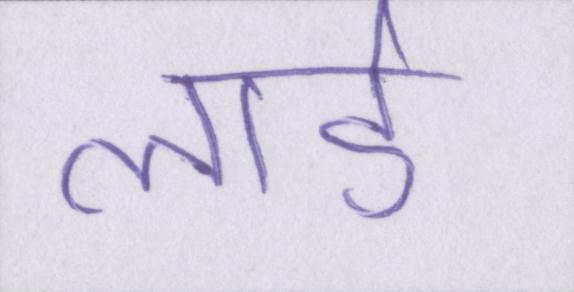
लार्ड